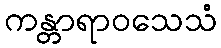
ကန္တာရာဝသေသံ